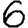
Digit: 6